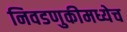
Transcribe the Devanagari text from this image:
निवडणुकीमध्येच